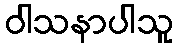
ဝါသနာပါသူ